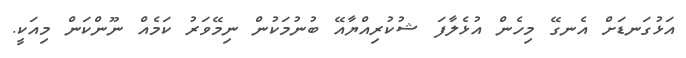
އަޅުގަނޑަށް އެނގޭ މިހެން އުޅެލާފަ ޝުކުރިއްޔާއޭ ބުނުމަކުން ނިމޭވަރު ކަމެއް ނޫންކަން މިއަކީ.